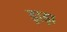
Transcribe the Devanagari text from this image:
ड़ाड़ा